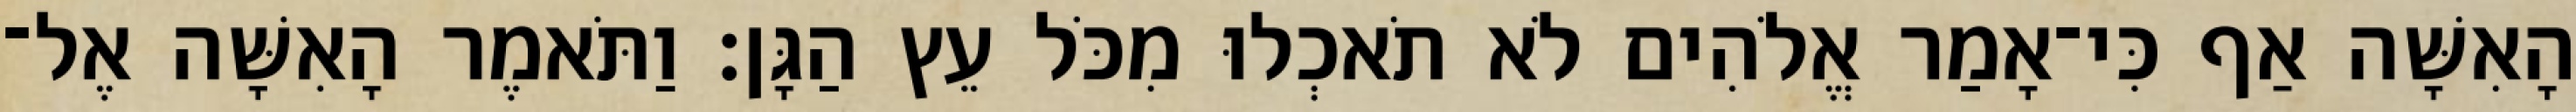
הָאִשָּׁה אַף כִּי־אָמַר אֱלֹהִים לֹא תֹאכְלוּ מִכֹּל עֵץ הַגָּן׃ וַתֹּאמֶר הָאִשָּׁה אֶל־